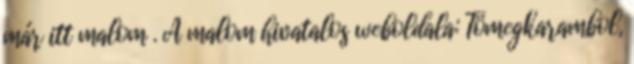
már itt malom . A malom hivatalos weboldala: Tömegkarambol,